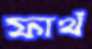
ফার্থ